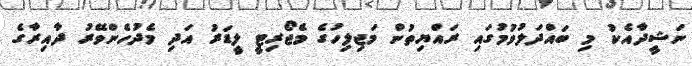
ނަޝީދާއެކު މި ބައްދަލުވުމުގައި ރައްޔިތުން މަޖިލިހުގެ މެޖޯރިޓީ ލީޑަރު އަދި މެދުހެންވޭރު ދާއިރާގެ